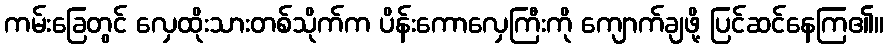
ကမ်းခြေတွင် လှေထိုးသားတစ်သိုက်က ပိန်းကောလှေကြီးကို ကျောက်ချဖို့ ပြင်ဆင်နေကြ၏။